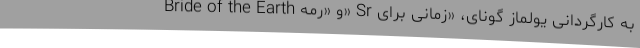
Bride of the Earth و «رمه» Sr به کارگردانی يولماز گونای، «زمانی برای